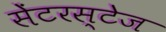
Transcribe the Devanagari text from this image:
सेंटरस्टेज